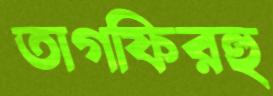
তাগফিরহু